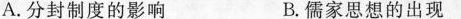
A.分封制度的影响 B.儒家思想的出现